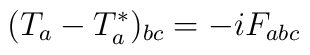
(T_a - T^{\ast}_a)_{bc} = - i F_{abc}